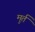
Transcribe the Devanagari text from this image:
मुर्त